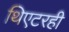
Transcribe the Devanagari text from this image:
थिएटरही